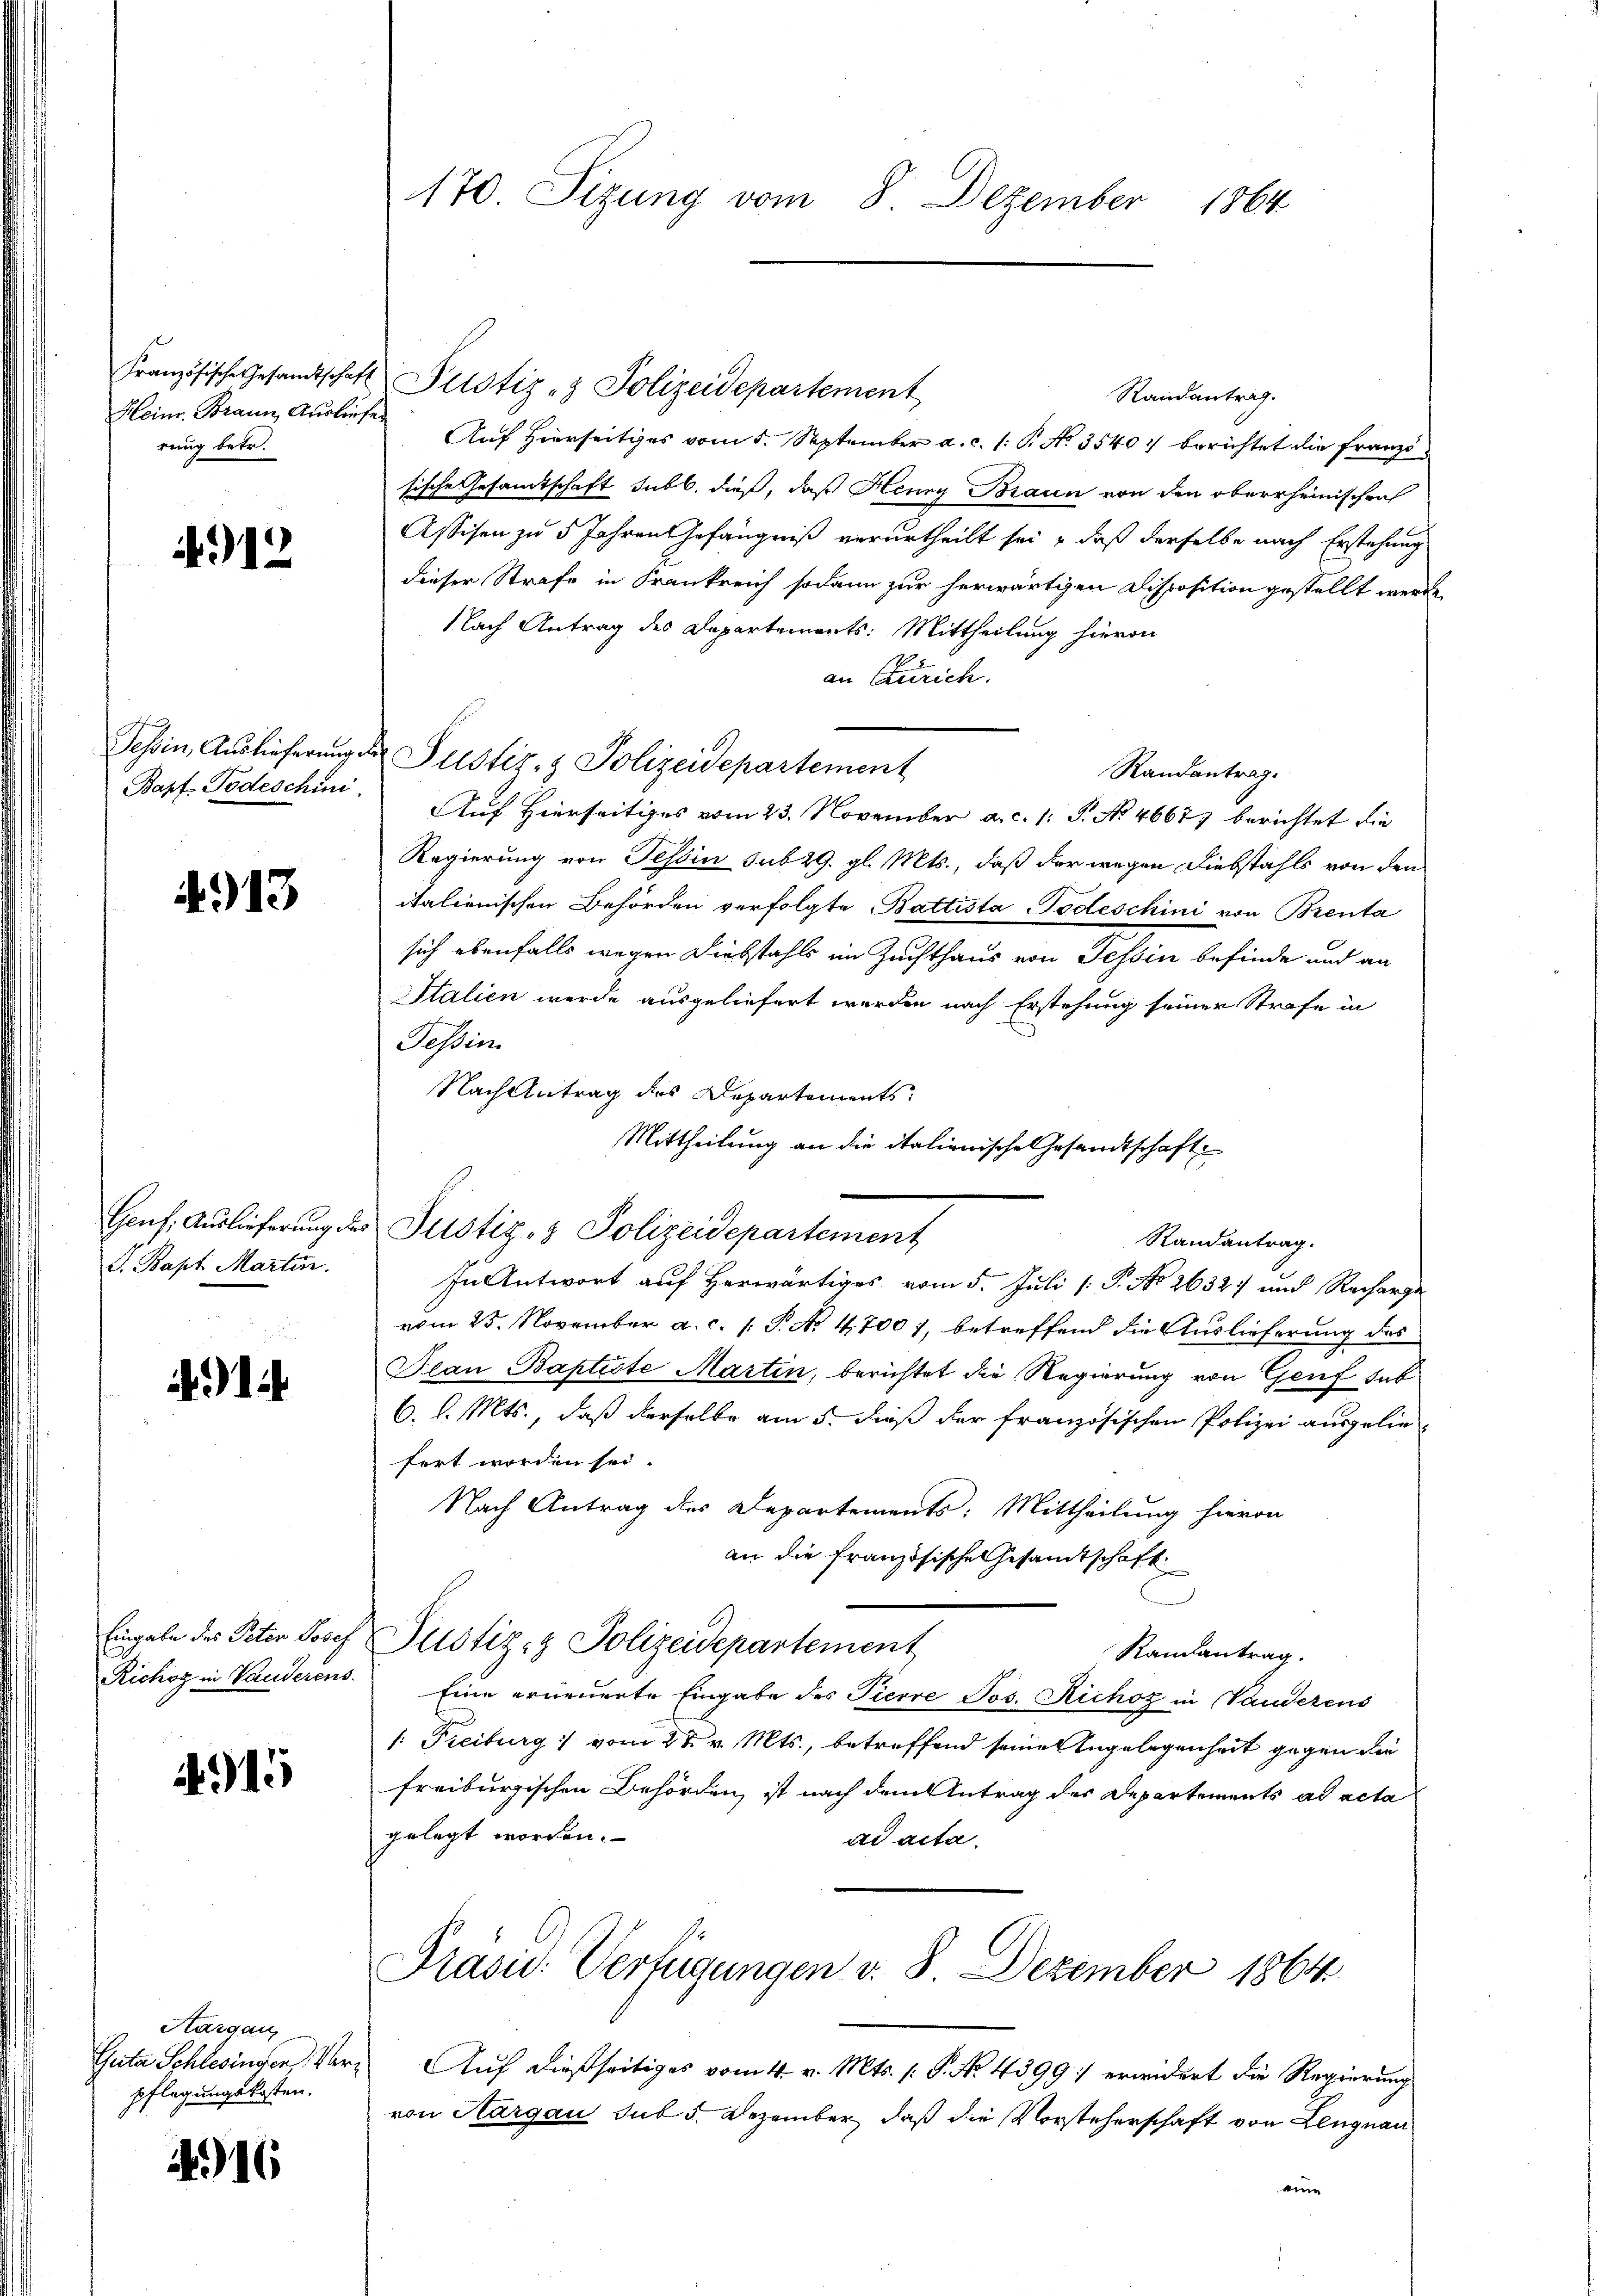
Französische Gesandtschaft
Heinr. Brann, Ausliefe
rung betr.

4912

Tessin, Auslieferung.
Bapf Todeschini

4913

Genf, Auslieferung die
S. Bapt. Martin.

1

Eingabe des Peten Josef
Richog in Vauderens.

4915

Kargau,
Guita Schlesingen Verpflegungskosten.

4916

170 Sizung vom 8. Dezember 1864

Justiz- & Polizeidepartement
Randantrag.
Auf Hierseitiges vom 5. September a. c. 1: P. No. 3540 berichtet die Franzisische Gesamtschaft sub b. dieß, daß Henry Braun von den oberrheinischen
Assisen zu 5 Jahren Gefängniß verurtheilt sei, daß derselbe nach Erstehung
dieser Strafe in Frankreich sodann zur herwärtigen Disposition gestellt werde
Nach Antrag des Departements: Mittheilung hievon
an Zürich.
Justiz- & Polizeidepartement
Randantrag.
Auf Hierseitiges vom 23. November a. c. 1 S. No 4667 berichtet die
Regierung von Tessin sub 29. gl. Mts., daß der wegen Diebstahls von den
italienischen Behörden verfolgte Battista Todeschini von Brenta
sich ebenfalls wegen Diebstahls in Zuchthaus von Tessin befinde und an
Italien werde ausgeliefert werden nach Erstehung seiner Strafe in
Tessin
Nach Antrag des Departements
Mittheilung an die italionische Gesandtschaft
Justiz- & Polizeidepartement
In Antwort auf herwärtiges vom 5. Juli [ P. No 2632. und Recharge
vom 25. November a. c. 1. P. No. 4700), betreffend die Auslieferung des
Jean Baptiste Martin, berichtet die Regierung von Genf sub
6. l. Mts., daß derselbe am 5. dieß der französischen Polizei ausgelie
fert worden sei.
Nach Antrag des Departements: Mittheilung hievon
an die französische Gesandtschaft
Justiz- & Polizeidepartement
Randantrag.
Eine erneuerte Eingabe des Pierre Jos. Richoz in Vanderens
1: Freiburg :/ vom 28. v. Mts., betreffend seine Angelegenheit gegen die
freiburgischen Behörden, ist nach dem Antrag der Departements ad acta
gelegt worden.
ad acta.
Präsid. Verfügungen v. 8. Dezember 1864
Auf dießseitiges vom 4. v. Mts. 1. P. No. 4399: erwidert die Regierung
von Aargau sub 5. Dezember, daß die Vorsteherschaft von Lengnau
eine

Randantrag.